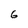
Character: 6